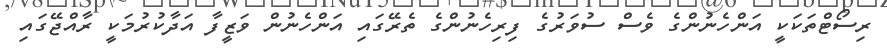
ރިސޯޓްތަކަކީ އަންހެނުންގެ ވެސް ސުވަރުގެ ފިރިހެނުންގެ ތެރޭގައި އަންހެނުން ވަޒީފާ އަދާކުރުމަކީ ރާއްޖޭގައި